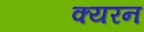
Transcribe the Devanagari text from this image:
क्यरन